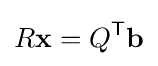
R\mathbf {x} =Q^{\mathsf {T}}\mathbf {b}